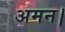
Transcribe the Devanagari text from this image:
अमन।